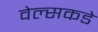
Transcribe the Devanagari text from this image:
वेल्सकडे